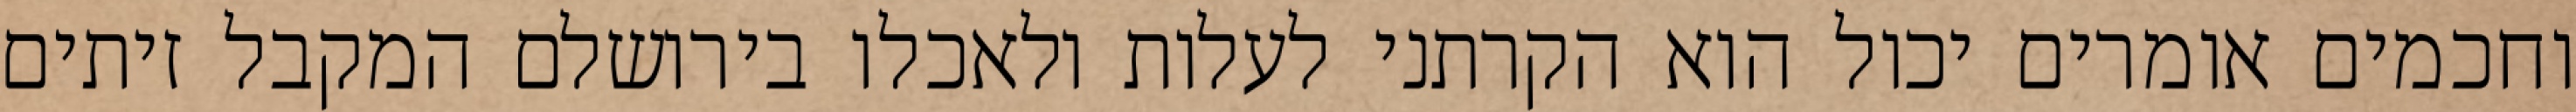
וחכמים אומרים יכול הוא הקרתני לעלות ולאכלו בירושלם המקבל זיתים